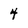
Character: 4